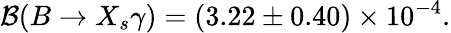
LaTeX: {\cal B}(B\to X_{s}\gamma)=(3.22\pm 0.40)\times 10^{-4}.